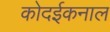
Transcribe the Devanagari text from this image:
कोदईकनाल